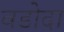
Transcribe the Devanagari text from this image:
वडोदा